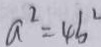
a ^ { 2 } = 4 b ^ { 2 }